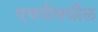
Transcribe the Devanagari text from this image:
एचपीमधील